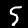
Digit: 5